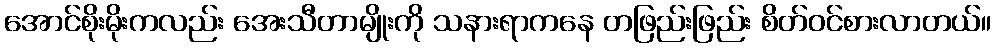
အောင်စိုးမိုးကလည်း အေးသီတာမျိုးကို သနားရာကနေ တဖြည်းဖြည်း စိတ်ဝင်စားလာတယ်။